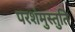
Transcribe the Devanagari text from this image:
परशंमुस्तुति